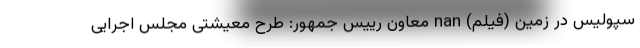
سپولیس در زمین (فیلم) nan معاون رییس جمهور: طرح معیشتی مجلس اجرایی